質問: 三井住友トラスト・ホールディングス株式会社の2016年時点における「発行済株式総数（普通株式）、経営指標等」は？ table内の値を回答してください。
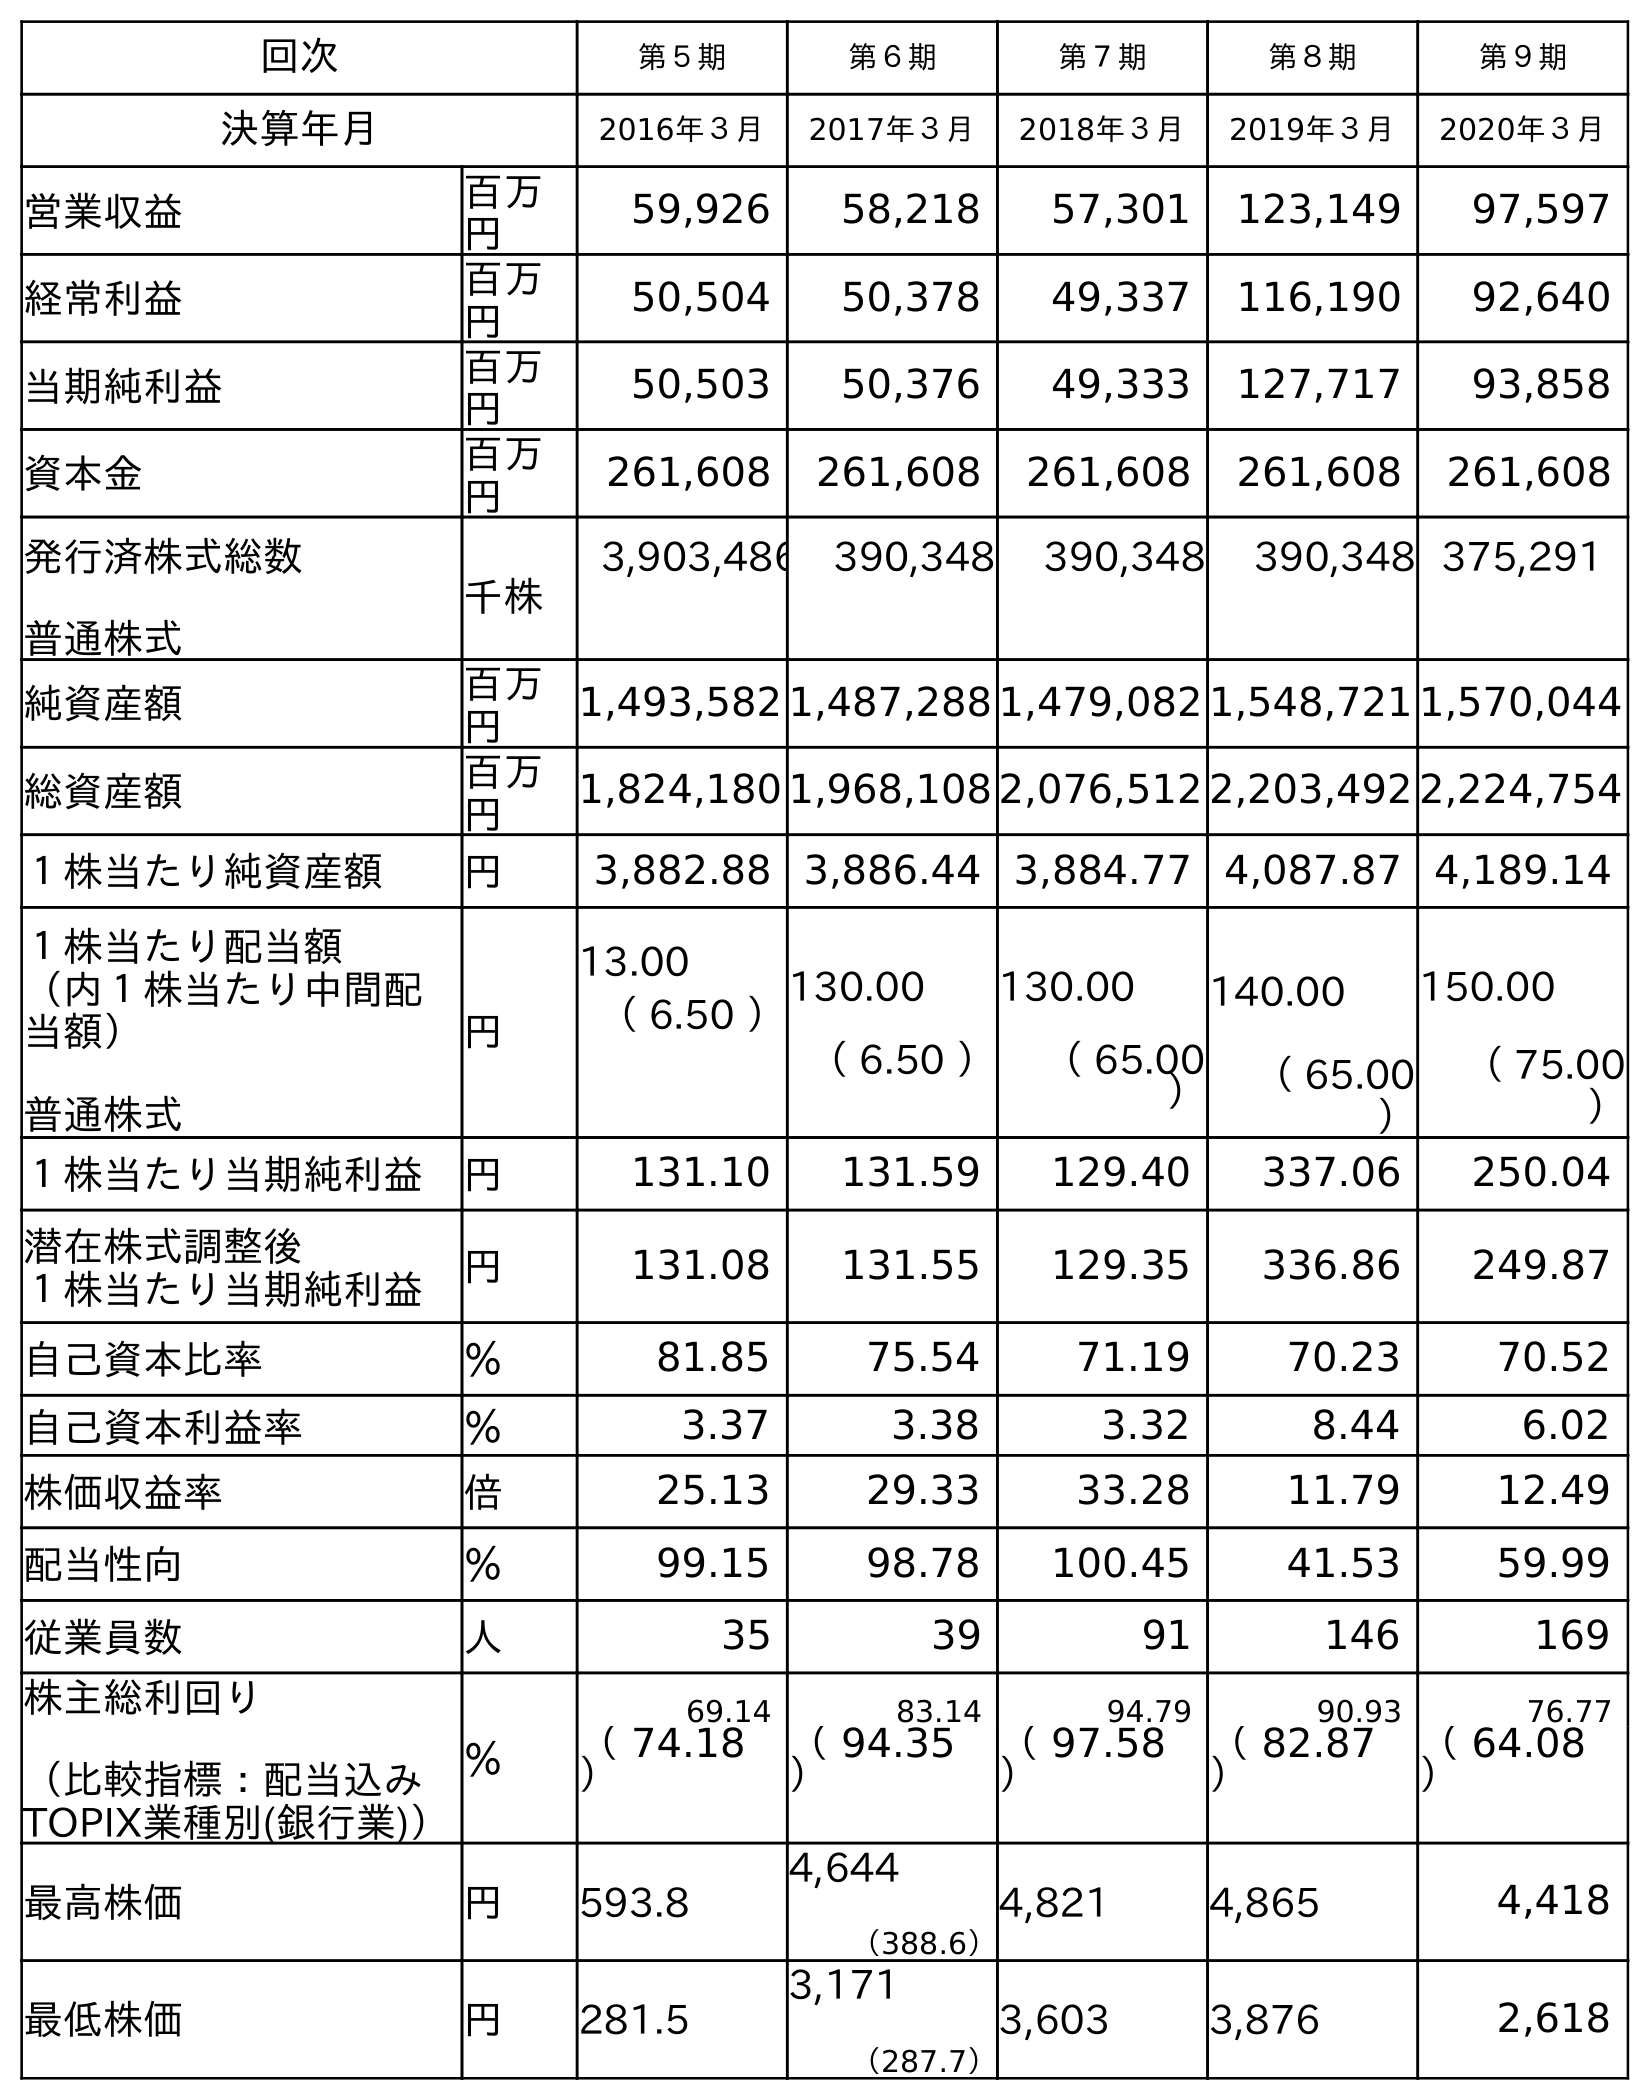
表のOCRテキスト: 回次 第５期 第６期 第７期 第８期 第９期 決算年月 2016年３月 2017年３月 2018年３月 2019年３月 2020年３月 営業収益 百万 円 59,926 58,218 57,301 123,149 97,597 経常利益 百万 円 50,504 50,378 49,337 116,190 92,640 当期純利益 百万 円 50,503 50,376 49,333 127,717 93,858 資本金 百万 円 261,608 261,608 261,608 261,608 261,608 発行済株式総数 普通株式 千株 3,903,486 390,348 390,348 390,348 375,291 純資産額 百万 円 1,493,582 1,487,288 1,479,082 1,548,721 1,570,044 総資産額 百万 円 1,824,180 1,968,108 2,076,512 2,203,492 2,224,754 １株当たり純資産額 円 3,882.88 3,886.44 3,884.77 4,087.87 4,189.14 １株当たり配当額 （内１株当たり中間配 当額） 普通株式 円 13.00 （ 6.50 ）130.00 （ 6.50 ） 130.00 （ 65.00 ） 140.00 （ 65.00 ） 150.00 （ 75.00 ） １株当たり当期純利益 円 131.10 131.59 129.40 337.06 250.04 潜在株式調整後 １株当たり当期純利益 円 131.08 131.55 129.35 336.86 249.87 自己資本比率 ％ 81.85 75.54 71.19 70.23 70.52 自己資本利益率 ％ 3.37 3.38 3.32 8.44 6.02 株価収益率 倍 25.13 29.33 33.28 11.79 12.49 配当性向 ％ 99.15 98.78 100.45 41.53 59.99 従業員数 人 35 39 91 146 169 株主総利回り （比較指標：配当込み TOPIX業種別(銀行業)） ％ 69.14 83.14 94.79 90.93 76.77 （ 74.18 ） （ 94.35 ） （ 97.58 ） （ 82.87 ） （ 64.08 ） 最高株価 円 593.8 4,644 （388.6） 4,821 4,865 4,418 最低株価 円 281.5 3,171 （287.7） 3,603 3,876 2,618
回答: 3,903,486